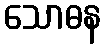
သောဓန